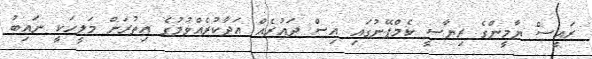
ރައީސް ޔާމީންގެ ރިޔާސީ ކެމްޕޭނުގައި އިސް ދައުރެއް އަދާކުރެއްވުމުގެ އިތުރަށް މަލީހަކީ ނައިބު